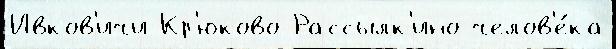
Ивков'ичи Кр'юково Рассылк'ино челов'е́ка